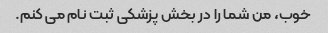
خوب، من شما را در بخش پزشکی ثبت نام می کنم.